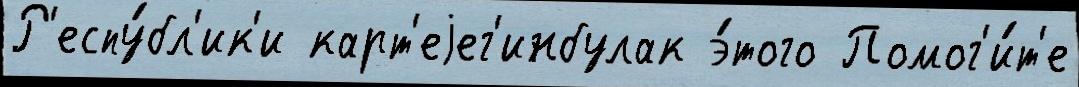
Р'еспу́бл'ик'и карт'еjег'инбулак э́того Помог'и́т'е